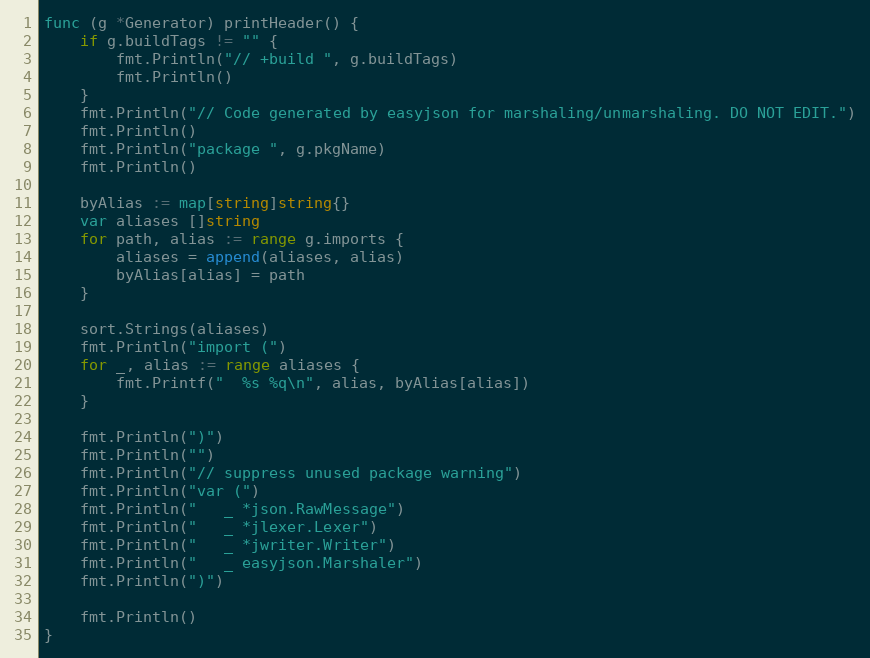
Language: Go
func (g *Generator) printHeader() {
	if g.buildTags != "" {
		fmt.Println("// +build ", g.buildTags)
		fmt.Println()
	}
	fmt.Println("// Code generated by easyjson for marshaling/unmarshaling. DO NOT EDIT.")
	fmt.Println()
	fmt.Println("package ", g.pkgName)
	fmt.Println()

	byAlias := map[string]string{}
	var aliases []string
	for path, alias := range g.imports {
		aliases = append(aliases, alias)
		byAlias[alias] = path
	}

	sort.Strings(aliases)
	fmt.Println("import (")
	for _, alias := range aliases {
		fmt.Printf("  %s %q\n", alias, byAlias[alias])
	}

	fmt.Println(")")
	fmt.Println("")
	fmt.Println("// suppress unused package warning")
	fmt.Println("var (")
	fmt.Println("   _ *json.RawMessage")
	fmt.Println("   _ *jlexer.Lexer")
	fmt.Println("   _ *jwriter.Writer")
	fmt.Println("   _ easyjson.Marshaler")
	fmt.Println(")")

	fmt.Println()
}